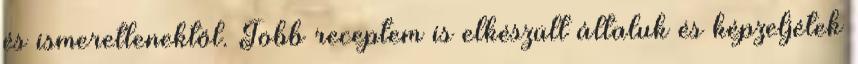
és ismeretlenektől. Több receptem is elkészült általuk és képzeljétek